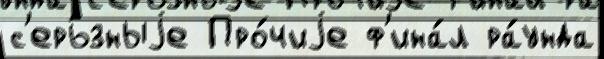
с'ерь́зныjе Про́чиjе ф'ина́л ра́унда